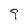
Character: 9